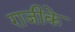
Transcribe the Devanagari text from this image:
राजीके